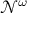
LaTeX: { \mathcal { N } } ^ { \omega }